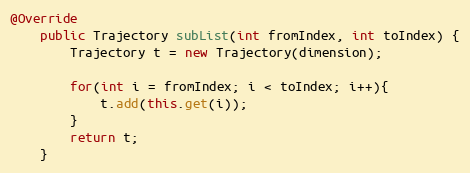
Language: Java
@Override
	public Trajectory subList(int fromIndex, int toIndex) {
		Trajectory t = new Trajectory(dimension);

		for(int i = fromIndex; i < toIndex; i++){
			t.add(this.get(i));
		}
		return t;
	}